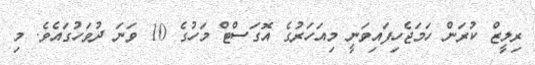
ރިލީޒް ކުރަން ހަމަޖެހިފައިވަނީ މިއަހަރުގެ އޮގަސްޓް މަހުގެ 10 ވަނަ ދުވަހުގައެވެ. މި